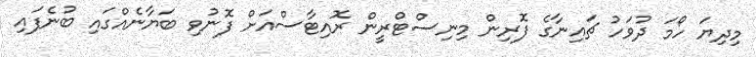
މިދިޔަ ހޯމަ ދުވަހު ޗައިނާގެ ފޮރިން މިނިސްޓްރީން ރޮއިޓާސްއަށް ފޮނުވި ބަޔާނެއްގައި ބުނެފައި